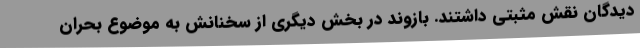
دیدگان نقش مثبتی داشتند. بازوند در بخش دیگری از سخنانش به موضوع بحران